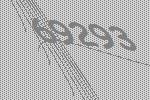
69293